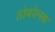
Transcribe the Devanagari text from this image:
तोबोल्स्क